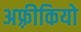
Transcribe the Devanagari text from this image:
अफ़्रीकियो